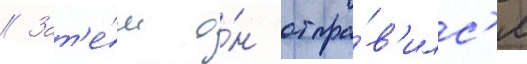
// Зат'е́м о́н отпра́в'илс'я